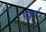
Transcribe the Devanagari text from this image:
षड्वर्ग